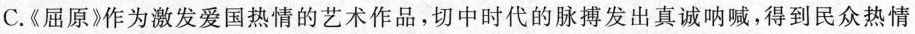
C.《屈原》作为激发爱国热情的艺术作品，切中时代的脉搏发出真诚呐喊，得到民众热情